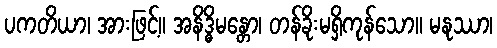
ပကတိယာ၊ အားဖြင့်။ အနိဒ္ဓိမန္တော၊ တန်ခိုးမရှိကုန်သော။ မနုဿာ၊